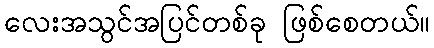
လေးအသွင်အပြင်တစ်ခု ဖြစ်စေတယ်။